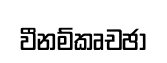
වීනම්කෘචඡා